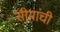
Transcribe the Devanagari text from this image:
सीमांची